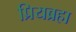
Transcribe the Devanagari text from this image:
प्रियब्रहा